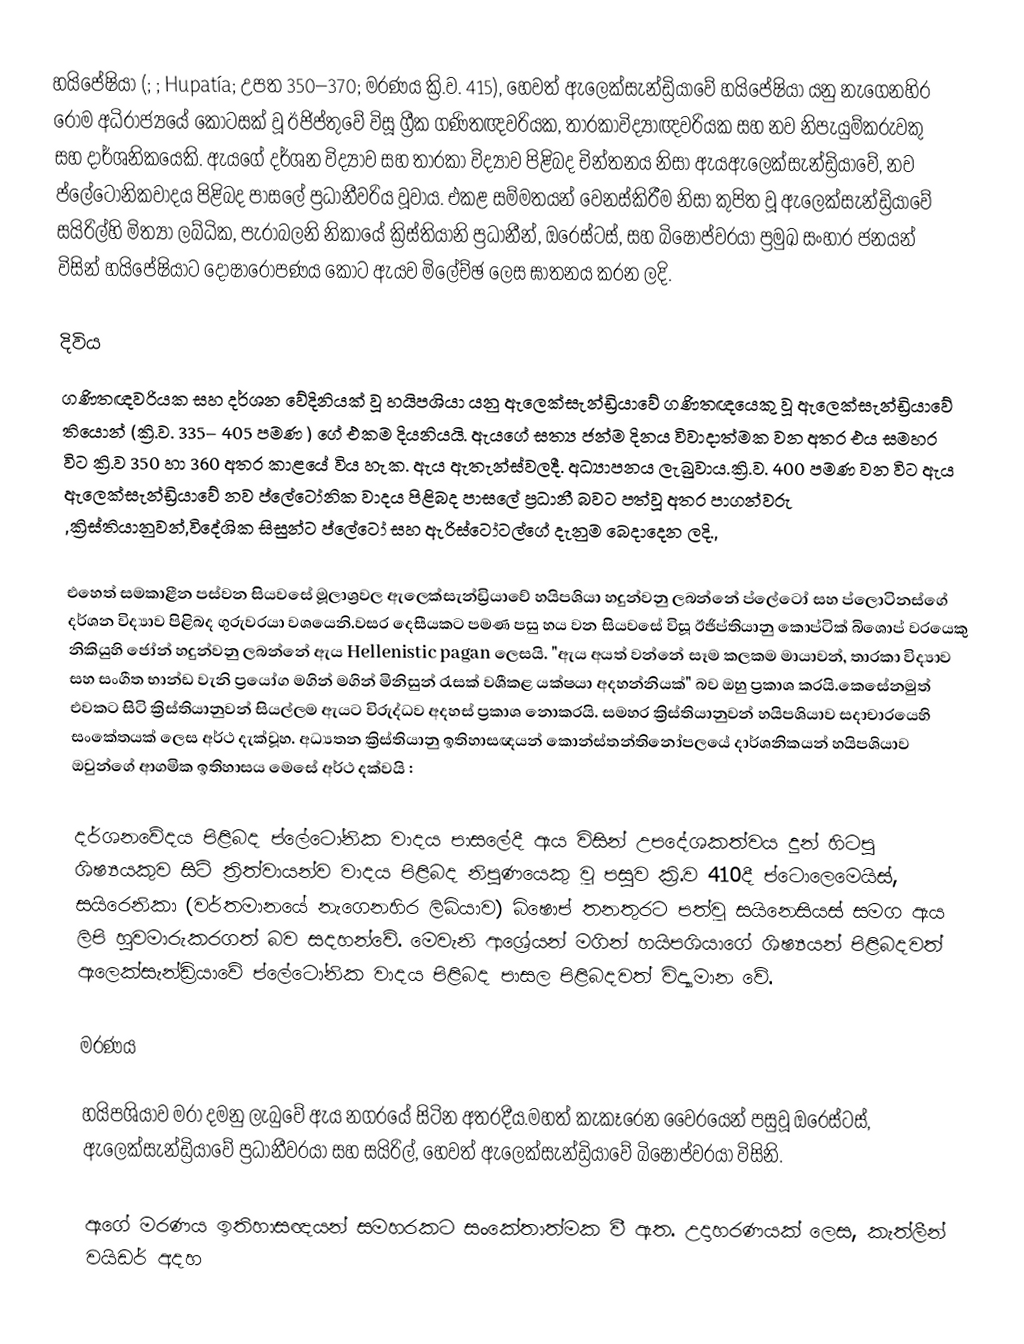
හයිපේෂියා (; ;  Hupatía; උපත  350–370; මරණය ක්‍රි.ව.  415), හෙවත් ඇලෙක්සැන්ඩ්‍රියාවේ හයිපේෂියා යනු නැගෙනහිර රෝම අධිරාජ්‍යයේ කොටසක් වූ ඊජිප්තුවේ විසූ ග්‍රීක‍ ගණිතඥවරියක, තාරකාවිද්‍යාඥවරියක සහ නව නිපැයුම්කරුවකු සහ දාර්ශනික‍යෙකි. ඇයගේ දර්ශන විද්‍යාව සහ තාරකා විද්‍යාව පිළිබද චින්තනය නිසා ඇයඇලෙක්සැන්ඩ්‍රියාවේ, නව ප්ලේටෝනිකවාදය පිළිබද පාසලේ ප්‍රධානීවරිය වූවාය. එකළ සම්මතයන් වෙනස්කිරීම නිසා කුපිත වූ ඇලෙක්සැන්ඩ්‍රියාවේ සයිරිල්හි මිත්‍යා ලබ්ධික, පැරාබලනි නිකායේ ක්‍රිස්තියානි ප්‍රධානීන්, ඔරෙස්ටස්, සහ බිෂොප්වරයා ප්‍රමුඛ සංහාර ජනයන් විසින් හයිපේෂියාට දෝෂාරෝපණය කොට ඇයව මිලේච්ඡ ලෙස ඝාතනය කරන ලදි.

දිවිය
ගණිතඥවරියක සහ දර්ශන වේදිනියක් වූ හයිපශියා යනු ඇලෙක්සැන්ඩ්‍රියාවේ ගණිතඥයෙකු වූ ඇලෙක්සැන්ඩ්‍රියාවේ තියොන් (ක්‍රි.ව. 335– 405 පමණ ) ගේ එකම දියනියයි. ඇයගේ සත්‍ය ජන්ම දිනය විවාදාත්මක වන අතර එය සමහර විට ක්‍රි.ව 350 හා 360 අතර කාළයේ විය හැක. ඇය ඇතැන්ස්වලදී.  අධ්‍යාපනය ලැබුවාය.ක්‍රි.ව. 400 පමණ වන විට ඇය ඇලෙක්සැන්ඩ්‍රියාවේ නව ප්ලේටෝනික වාදය පිළිබද පාසලේ ප්‍රධානී බවට පත්වූ අතර පාගන්වරු ,ක්‍රිස්තියානුවන්,විදේශික සිසුන්ට ප්ලේටෝ සහ ඇරිස්ටෝටල්ගේ දැනුම බෙදාදෙන ලදි.,

එහෙත් සමකාළීන පස්වන සියවසේ මූලාශ්‍රවල ඇලෙක්සැන්ඩ්‍රියාවේ හයිපශියා හදුන්වනු ලබන්නේ ප්ලේටෝ සහ ප්ලොටිනස්ගේ දර්ශන විද්‍යාව පිළිබද ගුරුවරයා වශයෙනි.වසර දෙසීයකට පමණ පසු හය වන සියවසේ විසූ ඊජිප්තියානු කොප්ටික් බිශොප් වරයෙකු නිකියුහි ජෝන් හදුන්වනු ලබන්නේ ඇය Hellenistic pagan ලෙසයි. "ඇය අයත් වන්නේ සෑම කලකම  මායාවන්, තාරකා විද්‍යාව සහ සංගීත භාන්ඩ වැනි ප්‍රයෝග මගින් මගින් මිනිසුන් රැසක් වශීකළ යක්ෂයා අදහන්නියක්" බව ඔහු ප්‍රකාශ කරයි.කෙසේනමුත් එවකට සිටි ක්‍රිස්තියානුවන් සියල්ලම ඇයට විරුද්ධව අදහස් ප්‍රකාශ නොකරයි. සමහර ක්‍රිස්තියානුවන් හයිපශියාව සදාචාරයෙහි සංකේතයක් ලෙස අර්ථ දැක්වූහ. අධ්‍යතන ක්‍රිස්තියානු ඉතිහාසඥයන් කොන්ස්තන්තිනෝපලයේ දාර්ශනිකයන්  හයිපශියාව ඔවුන්ගේ  ආගමික ඉතිහාසය මෙසේ අර්ථ දක්වයි :

දර්ශනවේදය පිළිබද ප්ලේටෝනික වාදය පාසලේදී ඇය විසින් උපදේශකත්වය දුන් හිටපු ශිෂ්‍යයකුව සිටි ත්‍රිත්වායන්ව වාදය පිළිබද නිපුණයෙකු වූ පසුව ක්‍රි.ව 410දී ප්ටොලෙමෙයිස්, සයිරෙනිකා (වර්තමානයේ නැගෙනහිර ලිබියාව) බිෂොප් තනතුරට පත්වූ සයිනෙසියස් සමග ඇය ලිපි හුවමාරුකරගත් බව සදහන්වේ. මෙවැනි ආශ්‍රේයන් මගින් හයිපශියාගේ ශිෂ්‍යයන් පිළිබදවත් ඇලෙක්සැන්ඩ්‍රියාවේ ප්ලේටෝනික වාදය පිළිබද පාසල පිළිබදවත් විද්‍යාමාන වේ.

මරණය

හයිපශියාව මරා දමනු ලැබුවේ ඇය නගරයේ සිටින අතරදීය.මහත් කැකෑරෙන වෛරයෙන් පසුවූ  ඔරෙස්ටස්, ඇලෙක්සැන්ඩ්‍රියාවේ ප්‍රධානීවරයා සහ සයිරිල්,  හෙවත් ඇලෙක්සැන්ඩ්‍රියාවේ බිෂොප්වරයා විසිනි.

ඇගේ මරණය ඉතිහාසඥයන් සමහරකට සංකේතාත්මක වී ඇත. උදාහරණයක් ලෙස, කැත්ලීන් වයිඩර්  අදහ